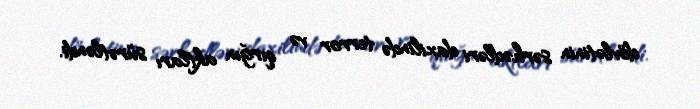
dövlətinin sərhədləri daxilində terror və qırğın aktları sürətləndi.